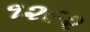
૧૨૯૨